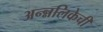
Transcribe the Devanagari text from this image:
अन्न्नलिकेची